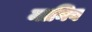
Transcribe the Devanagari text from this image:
मानिव